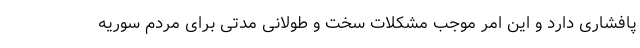
پافشاری دارد و این امر موجب مشکلات سخت و طولانی مدتی برای مردم سوریه